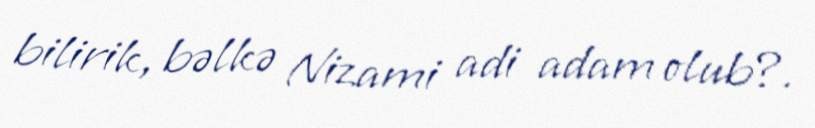
bilirik, bəlkə Nizami adi adam olub?.